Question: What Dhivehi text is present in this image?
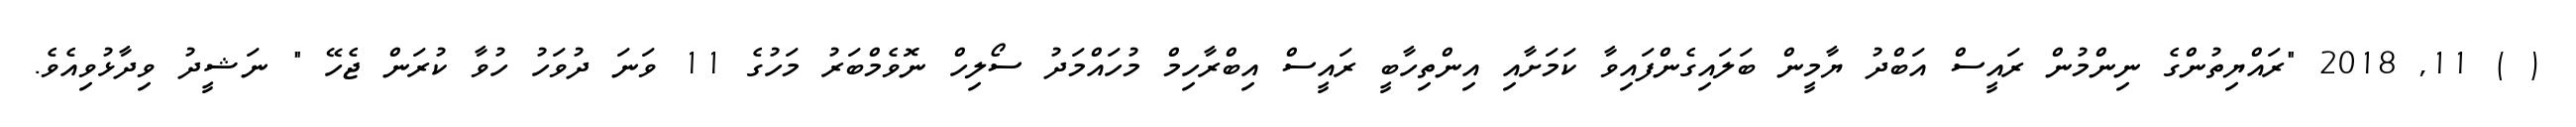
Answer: ( ) 11, 2018 "ރައްޔިތުންގެ ނިންމުން ރައީސް އަބްދު ޔާމީން ބަލައިގެންފައިވާ ކަމަށާއި އިންތިހާބީ ރައީސް އިބްރާހިމް މުހައްމަދު ސޯލިހް ނޮވެމްބަރު މަހުގެ 11 ވަނަ ދުވަހު ހުވާ ކުރަން ޖެހޭ " ނަޝީދު ވިދާޅުވިއެވެ.